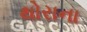
થોરાના